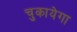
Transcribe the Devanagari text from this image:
चुकायेगा